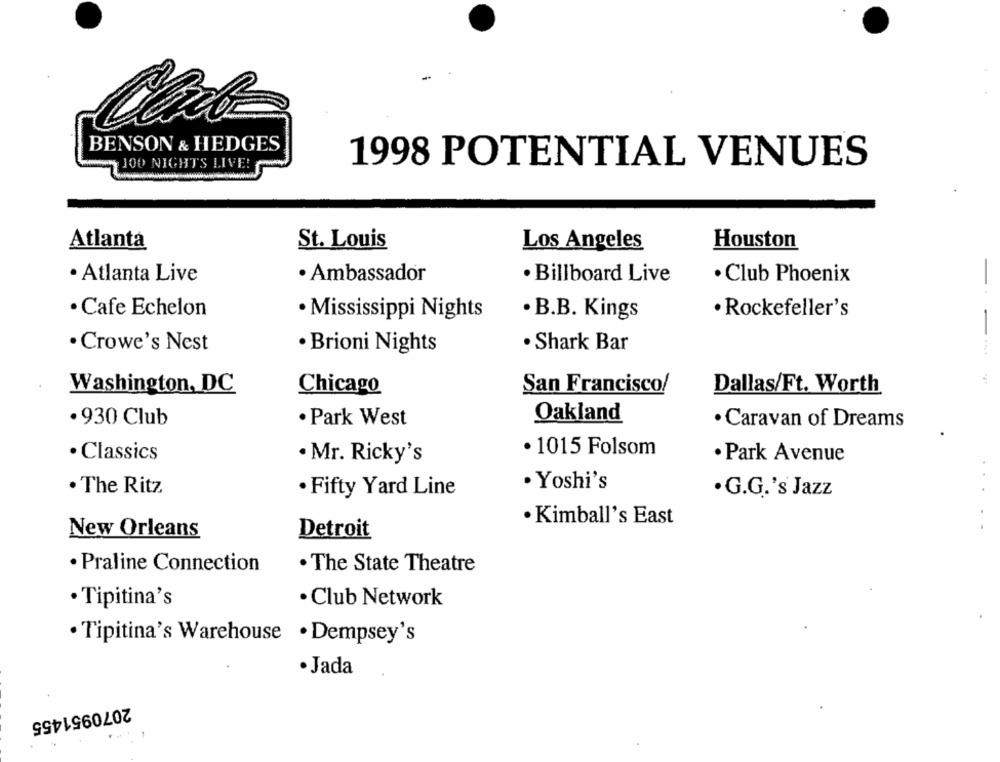
BENSON & HEDGES
100 NIGHTS LIVE!
1998 POTENTIAL VENUES
Los Angeles
Atlanta
St. Louis
Houston
· Atlanta Live
· Ambassador
· Billboard Live
· Club Phoenix
· Cafe Echelon
· Rockefeller's
· Mississippi Nights
. B.B. Kings
- -
· Crowe's Nest
· Brioni Nights
· Shark Bar
Washington, DC
San Francisco/
Dallas/Ft. Worth
Chicago
Oakland
· 930 Club
· Park West
· Caravan of Dreams
· Classics
. Mr. Ricky's
· 1015 Folsom
· Park Avenue
· Yoshi's
· The Ritz
· Fifty Yard Line
· G.G.'s Jazz
· Kimball's East
New Orleans
Detroit
· Praline Connection
. The State Theatre
· Tipitina's
· Club Network
· Tipitina's Warehouse . Dempsey's
· Jada
2070951455